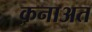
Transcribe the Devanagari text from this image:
क़नाअत